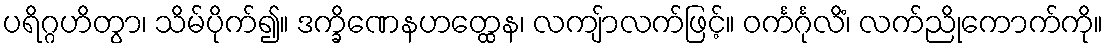
ပရိဂ္ဂဟိတွာ၊ သိမ်ပိုက်၍။ ဒက္ခိဏေနဟတ္ထေန၊ လကျ်ာလက်ဖြင့်။ ဝင်္ကင်္ဂုလိံ၊ လက်ညိုကောက်ကို။